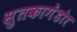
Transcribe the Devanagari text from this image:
सुतकागेंडोर